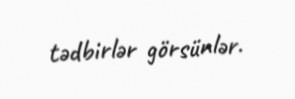
tədbirlər görsünlər.